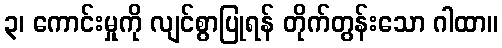
၃၊ ကောင်းမှုကို လျင်စွာပြုရန် တိုက်တွန်းသော ဂါထာ။